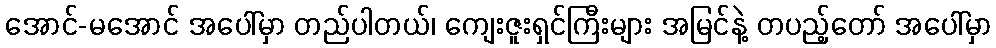
အောင်-မအောင် အပေါ်မှာ တည်ပါတယ်၊ ကျေးဇူးရှင်ကြီးများ အမြင်နဲ့ တပည့်တော် အပေါ်မှာ